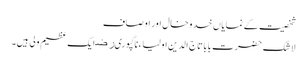
شخصیت کے نمایاں خدوخال اور اوصاف
لا شک حضرت بابا تاج الدین اولیاءناگپوریﺭﺿ ایک عظیم ولی ہیں۔